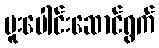
ပူးပေါင်းဆောင်ရွက်